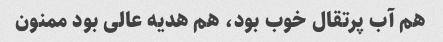
هم آب پرتقال خوب بود، هم هدیه عالی بود ممنون